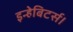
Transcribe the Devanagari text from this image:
इन्हेबिटर्स।